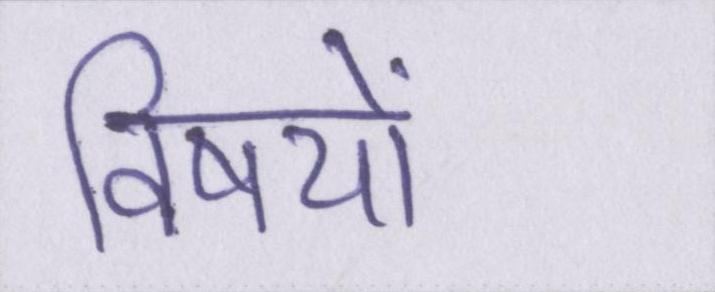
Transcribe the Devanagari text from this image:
विषयों